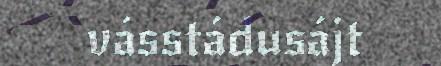
vásstádusájt